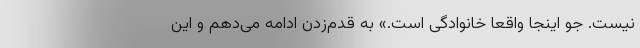
نیست. جو اینجا واقعاً خانوادگی است.» به قدم‌زدن ادامه می‌دهم و این